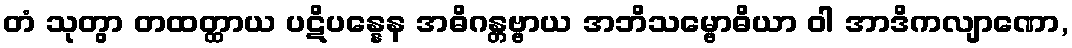
တံ သုတွာ တထတ္ထာယ ပဋိပန္နေန အဓိဂန္တဗ္ဗာယ အဘိသမ္ဗောဓိယာ ဝါ အာဒိကလျာဏော,